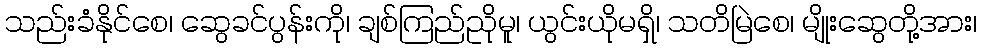
သည်းခံနိုင်စေ၊ ဆွေခင်ပွန်းကို၊ ချစ်ကြည်ညိုမူ၊ ယွင်းယိုမရှိ၊ သတိမြဲစေ၊ မျိုးဆွေတို့အား၊